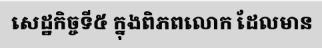
សេដ្ឋកិច្ចទី៥ ក្នុងពិភពលោក ដែលមាន